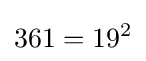
361=19^{2}